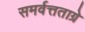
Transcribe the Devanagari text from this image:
समर्वत्तताग्रे